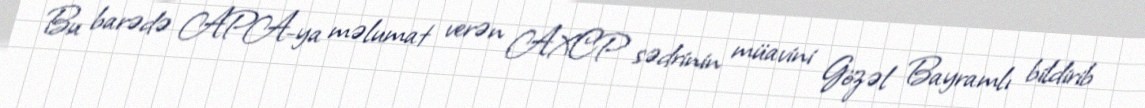
Bu barədə APA-ya məlumat verən AXCP sədrinin müavini Gözəl Bayramlı bildirib